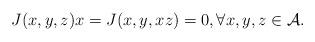
LaTeX: \begin{align*}J(x, y, z)x&=J(x, y, xz)=0 , \forall x, y, z \in \mathcal{A}.\end{align*}